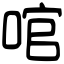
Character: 𠴨